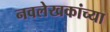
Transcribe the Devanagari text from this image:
नवलेखकांच्या